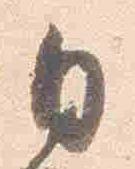
日